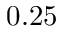
0 . 2 5